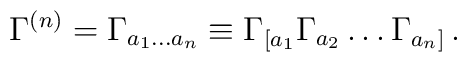
\Gamma^{(n)}=\Gamma_{a_1\ldots a_n}\equiv\Gamma_{[a_1}\Gamma_{a_2}\ldots \Gamma_{a_n]}\,.